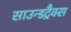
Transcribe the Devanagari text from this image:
साउन्डट्रैक्स